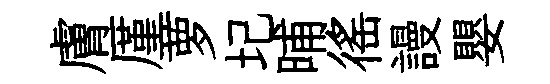
膚厪萝圮晡徭謾嬰